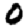
Digit: 0